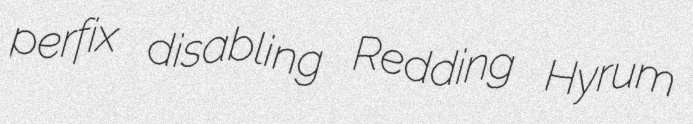
perfix disabling Redding Hyrum